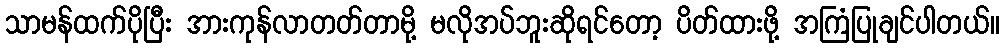
သာမန်ထက်ပိုပြီး အားကုန်လာတတ်တာမို့ မလိုအပ်ဘူးဆိုရင်တော့ ပိတ်ထားဖို့ အကြံပြုချင်ပါတယ်။